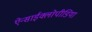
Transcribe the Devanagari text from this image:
ऐन्साईक्लोपीडिया